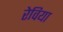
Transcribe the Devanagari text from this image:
रेविया